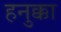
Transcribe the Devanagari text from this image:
हनुक्का